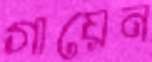
গায়েন